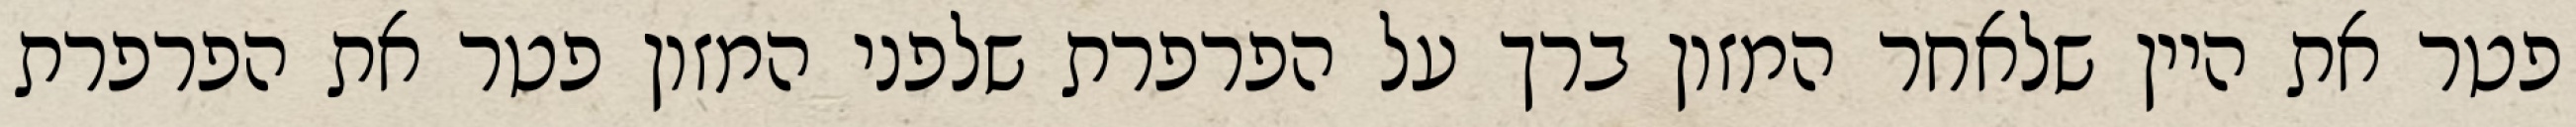
פטר את היין שלאחר המזון ברך על הפרפרת שלפני המזון פטר את הפרפרת